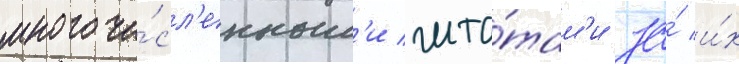
многочи́сл'енным'и шта́там'и за́ и́х